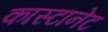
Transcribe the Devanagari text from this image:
कास्टानेट